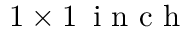
1 \times 1 \, \mathrm { ~ i ~ n ~ c ~ h ~ }